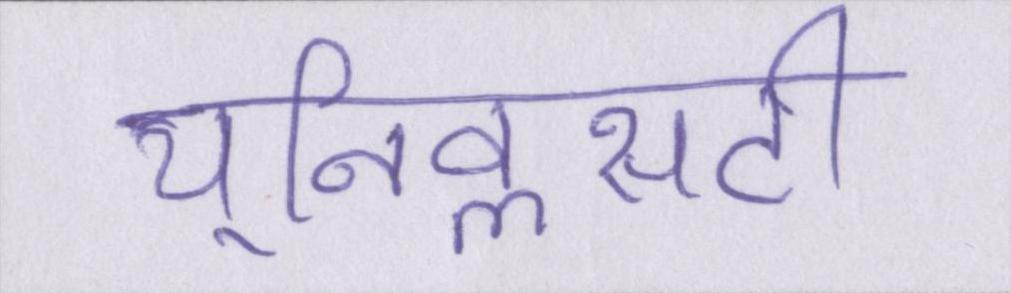
यूनिवॢसटी